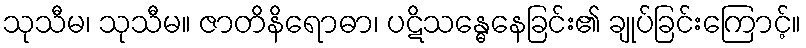
သုသီမ၊ သုသီမ။ ဇာတိနိရောဓာ၊ ပဋိသန္ဓေနေခြင်း၏ ချုပ်ခြင်းကြောင့်။